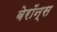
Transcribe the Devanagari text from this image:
बेरॉन्स